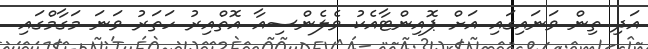
އަދި ތިން ވަނައިގައި އަށް ޕޮއިންޓާއެކު ވެލެންސިއާ އޮތްއިރު ހަތަރު ވަނަ މަގާމްގައި